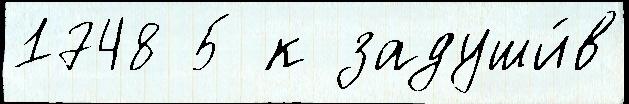
1748 5 к задуши́в